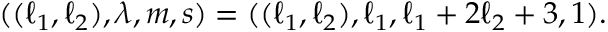
( ( \ell _ { 1 } , \ell _ { 2 } ) , \lambda , m , s ) = ( ( \ell _ { 1 } , \ell _ { 2 } ) , \ell _ { 1 } , \ell _ { 1 } + 2 \ell _ { 2 } + 3 , 1 ) .